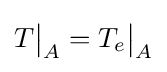
T{\big |}_{A}=T_{e}{\big |}_{A}